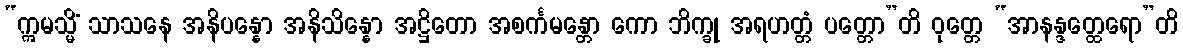
“ဣမသ္မိံ သာသနေ အနိပန္နော အနိသိန္နော အဋ္ဌိတော အစင်္ကမန္တော ကော ဘိက္ခု အရဟတ္တံ ပတ္တော”တိ ဝုတ္တေ “အာနန္ဒတ္ထေရော”တိ